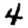
Digit: 4